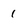
Character: 1